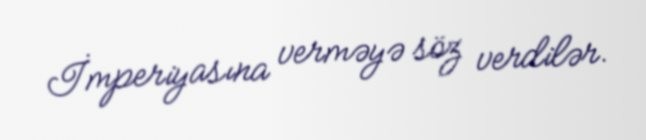
İmperiyasına verməyə söz verdilər.